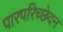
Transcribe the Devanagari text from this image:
पारपरिच्छेदन